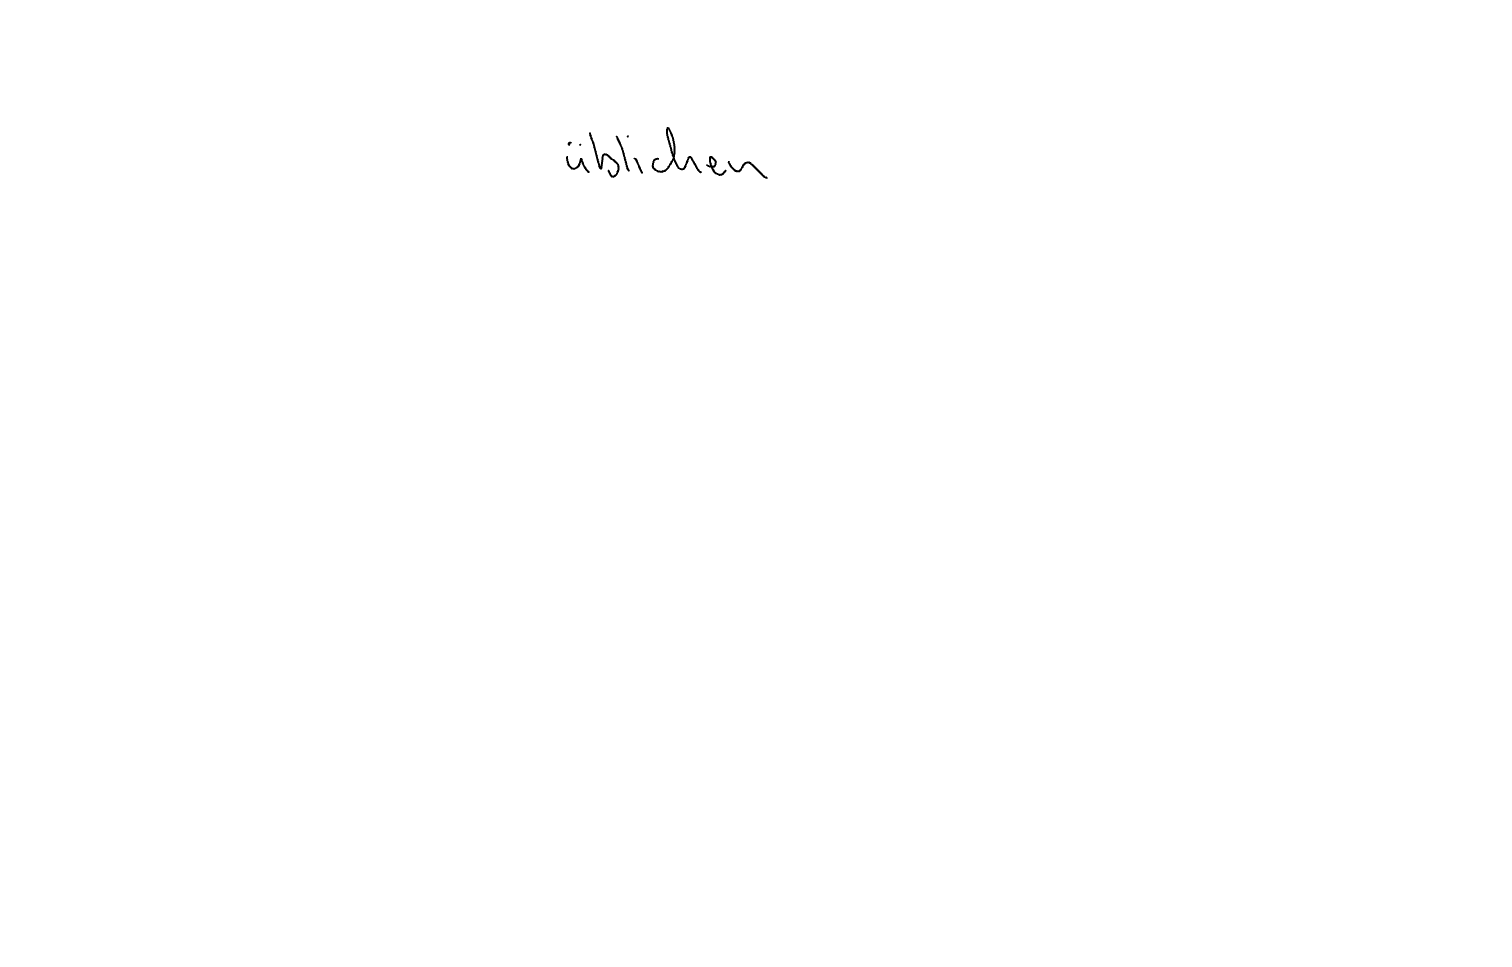
Text: üblichen